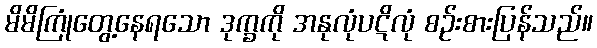
မိမိကြုံတွေ့နေရသော ဒုက္ခကို အနုလုံပဋိလုံ စဉ်းစားပြန်သည်။